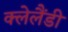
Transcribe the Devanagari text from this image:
क्लेलैंडी